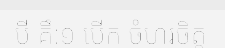
បី គឹ:១ បើក ចំហរចិត្ត